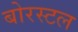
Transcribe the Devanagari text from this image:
बोरस्टल